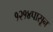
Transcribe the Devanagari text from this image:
१२१४पासून